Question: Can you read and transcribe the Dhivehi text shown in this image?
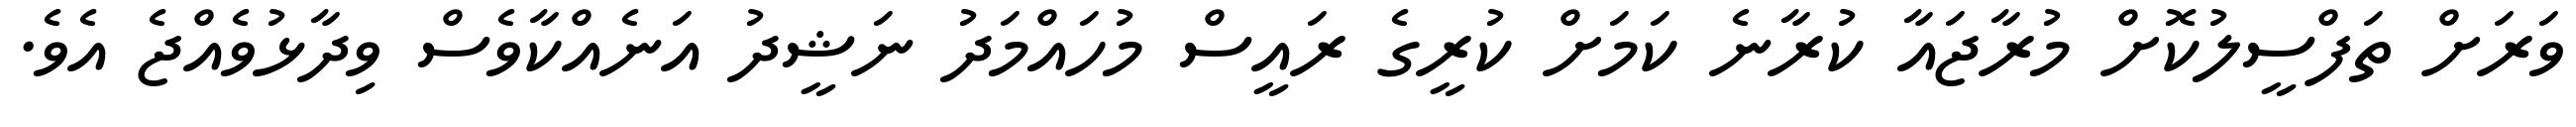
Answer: ވަރަށް ތަފްސީލުކޮށް މުރާޖައާ ކުރާނެ ކަމަށް ކުރީގެ ރައީސް މުހައްމަދު ނަޝީދު އަނެއްކާވެސް ވިދާޅުވެއްޖެ އެވެ.